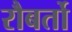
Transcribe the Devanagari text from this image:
रौबर्तो